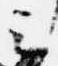
云